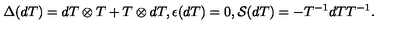
\Delta ( d T ) = d T \otimes T + T \otimes d T , { } \epsilon ( d T ) = 0 , { \cal S } ( d T ) = - T ^ { - 1 } d T T ^ { - 1 } .